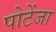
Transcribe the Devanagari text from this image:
पोटेंजा